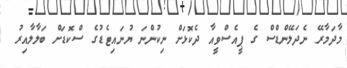
މާދަމާރޭ ނެދަލޭންޑްސް ގެ ޕީއެސްވީއާ ދެކޮޅަށް ނިކުންނަ ޔުނައިޓެޑުގެ ސްކޮޑަށް ބަލާލާއިރު